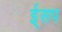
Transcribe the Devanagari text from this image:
ई्सप